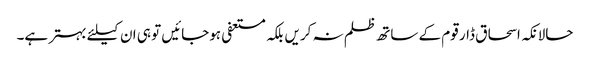
حالانکہ اسحاق ڈار قوم کے ساتھ ظلم نہ کریں بلکہ مستعفی ہوجائیں تو ہی ان کیلئے بہتر ہے۔